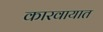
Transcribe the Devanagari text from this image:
कारवायात